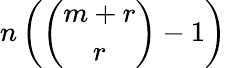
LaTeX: n\left({\binom{m+r}{r}}-1\right)